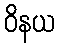
ဝိနယ